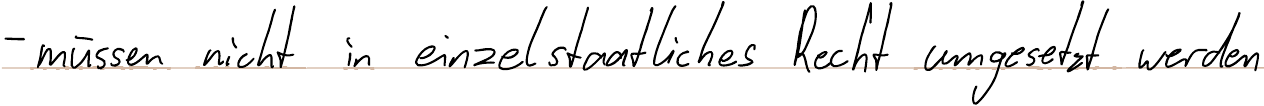
- müssen nicht in einzelstaatliches Recht umgesetzt werden